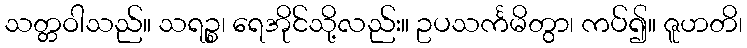
သတ္တဝါသည်။ သရဉ္စ၊ ရေအိုင်သို့လည်း။ ဥပသင်္ကမိတွာ၊ ကပ်၍။ ဇူဟတိ၊